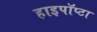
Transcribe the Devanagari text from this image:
हाइपॉप्टा